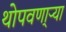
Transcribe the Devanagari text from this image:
थोपवणा्र्‍या